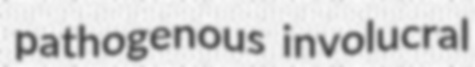
pathogenous involucral